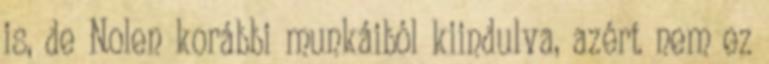
is, de Nolen korábbi munkáiból kiindulva, azért nem ez